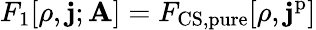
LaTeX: F_{1}[\rho,\mathbf{j};\mathbf{A}]=F_{\mathrm{CS,pure}}[\rho,\mathbf{j}^{\mathrm{p}}]